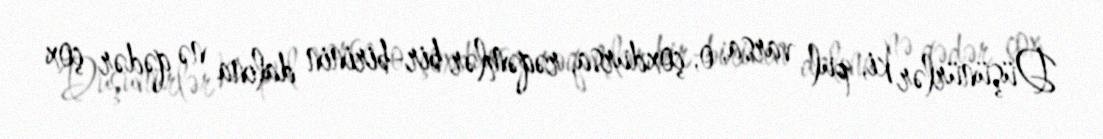
Düşünürlər ki, pul varsa, o, çoxdursa, rəqəmlər bir-birinin dalına nə qədər çox